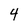
Character: 4